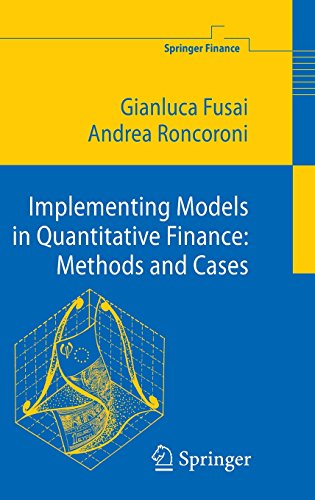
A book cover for Implementing Models in Quantitative Finance: Methods and Cases (Springer Finance); Gianluca Fusai; Science & Math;